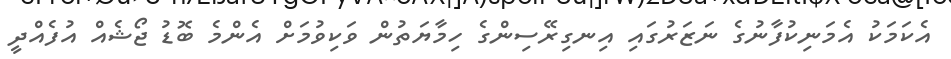
އެކަމަކު އެމަނިކުފާނުގެ ނަޒަރުގައި އިނގިރޭސިންގެ ހިމާޔަތުން ވަކިވުމަށް އެންމެ ބޮޑު ޖޯޝެއް އުފެއްދީ